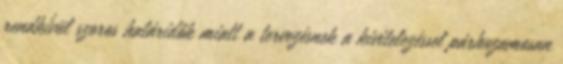
rendkívül szoros határidők miatt a tervezésnek a kivitelezéssel párhuzamosan